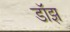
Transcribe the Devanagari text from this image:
डॉझ